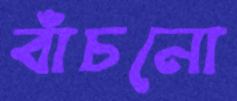
বাঁচনো